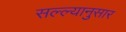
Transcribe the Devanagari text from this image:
सल्ल्‍यानुसार